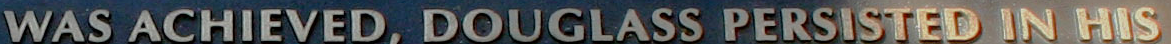
WAS ACHIEVED, DOUGLASS PERSISTED IN HIS